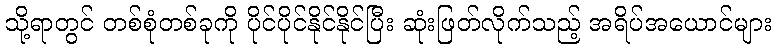
သို့ရာတွင် တစ်စုံတစ်ခုကို ပိုင်ပိုင်နိုင်နိုင်ပြီး ဆုံးဖြတ်လိုက်သည့် အရိပ်အယောင်များ